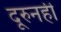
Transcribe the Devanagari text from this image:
दूरुनही